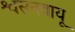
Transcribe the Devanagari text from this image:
श्वसनवायू